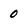
Character: 0